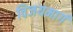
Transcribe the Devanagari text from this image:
विजयमार्ग